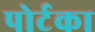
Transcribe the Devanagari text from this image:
पोर्टका